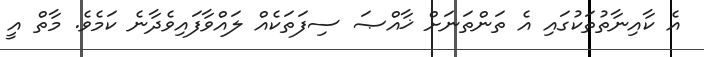
އެ ކާއިނާތުތަކުގައި އެ ތަންތަނަށް ޚާއްޞަ ސިފަތަކެއް ލައްވާފައިވެދާނެ ކަމެވެ. މާތް އީ